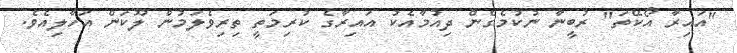
"އައިރާ އޯކޭތަ" ރުބީނާ ނުކުމެގެން ދިއުމާއެކު އައިރާގެ ކުރިމަތީ ތިރިވެލަމުން ލޫކަން އަހާލިއެވެ.